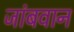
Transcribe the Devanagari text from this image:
जांबवान